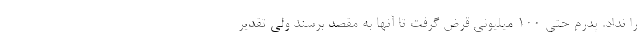
را نداد. پدرم حتی 100 میلیونی قرض گرفت تا آنها به مقصد برسند ولی تقدیر